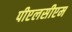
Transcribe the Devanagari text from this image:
पीएलसीएम